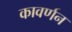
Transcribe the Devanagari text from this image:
कावर्णन